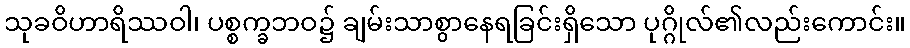
သုခဝိဟာရိဿဝါ၊ ပစ္စက္ခဘဝ၌ ချမ်းသာစွာနေရခြင်းရှိသော ပုဂ္ဂိုလ်၏လည်းကောင်း။